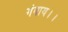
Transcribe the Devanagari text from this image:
गंवाय।।